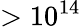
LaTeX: >10^{14}